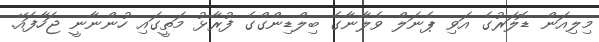
މިލިއަން ޑޮލަރުގެ އަވި ޕެނަލް ވެލާނާގެ ބިލްޑިންގްގެ ފުރާޅު މަތީގައި ހުންނާނީ ޖަހާފައޭ.